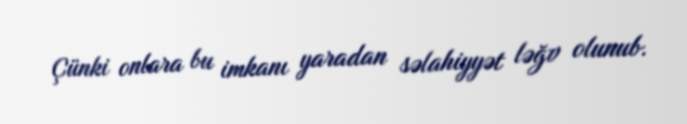
Çünki onlara bu imkanı yaradan səlahiyyət ləğv olunub.